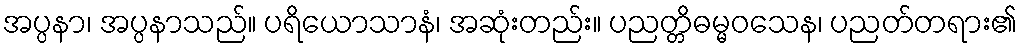
အပ္ပနာ၊ အပ္ပနာသည်။ ပရိယောသာနံ၊ အဆုံးတည်း။ ပညတ္တိဓမ္မဝသေန၊ ပညတ်တရား၏